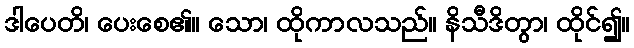
ဒါပေတိ၊ ပေးစေ၏။ သော၊ ထိုကာလသည်။ နိသီဒိတွာ၊ ထိုင်၍။